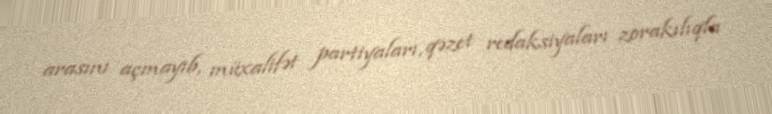
arasını açmayıb, müxalifət partiyaları, qəzet redaksiyaları zorakılıqla